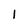
Character: 1